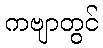
ကဗျာတွင်